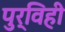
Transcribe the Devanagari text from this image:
पुर्विही